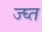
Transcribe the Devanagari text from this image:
ज्घ्त